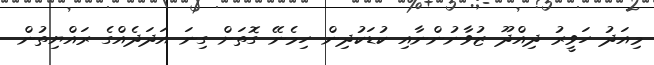
މިއަދު ހަވީރު ދިއްދޫ ޒުވާނުންނާއި ކުޑަކުދިން ހިމެނޭ ގޮތަށް ގިނަ އަދަދެއްގެ ރައްޔިތުން